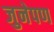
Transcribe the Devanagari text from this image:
जुनेपण